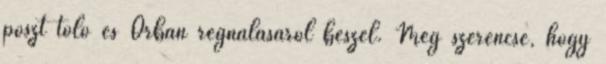
poszt toló és Orbán regnálásáról beszél. Még szerencse, hogy